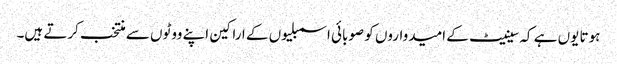
ہوتا یوں ہے کہ سینیٹ کے امیدواروں کو صوبائی اسمبلیوں کے اراکین اپنے ووٹوں سے منتخب کرتے ہیں۔